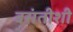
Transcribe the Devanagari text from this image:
बसंतीशी